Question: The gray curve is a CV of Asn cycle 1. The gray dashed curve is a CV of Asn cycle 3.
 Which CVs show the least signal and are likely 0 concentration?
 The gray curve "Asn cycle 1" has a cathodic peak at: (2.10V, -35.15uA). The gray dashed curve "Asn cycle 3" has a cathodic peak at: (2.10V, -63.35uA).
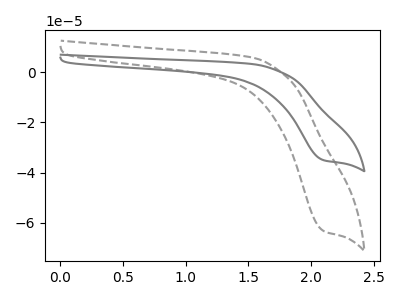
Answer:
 <answer>There are not any CV's on this graph that are likely to be blanks.</answer>
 <eval>none</eval>